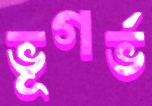
ভূগর্ভ